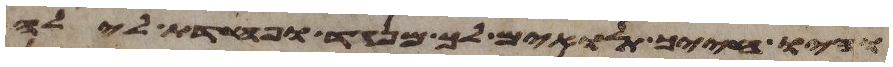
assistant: והיו חייך תלאים לך מנגד ופחדת לילה